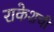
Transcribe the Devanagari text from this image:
राकेशची